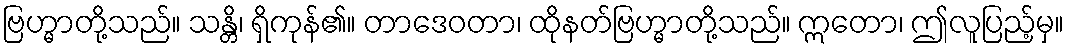
ဗြဟ္မာတို့သည်။ သန္တိ၊ ရှိကုန်၏။ တာဒေဝတာ၊ ထိုနတ်ဗြဟ္မာတို့သည်။ ဣတော၊ ဤလူပြည့်မှ။